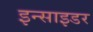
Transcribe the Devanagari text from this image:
इन्साइडर